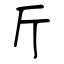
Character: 斤